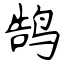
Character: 鹄